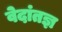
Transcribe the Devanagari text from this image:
वेदांतज्ञ